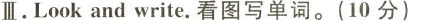
Ⅲ.Look and write.看图写单词.(10分)